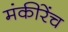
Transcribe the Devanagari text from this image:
मंकीरेंच